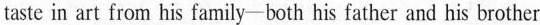
taste in art from his family—both his father and his brother